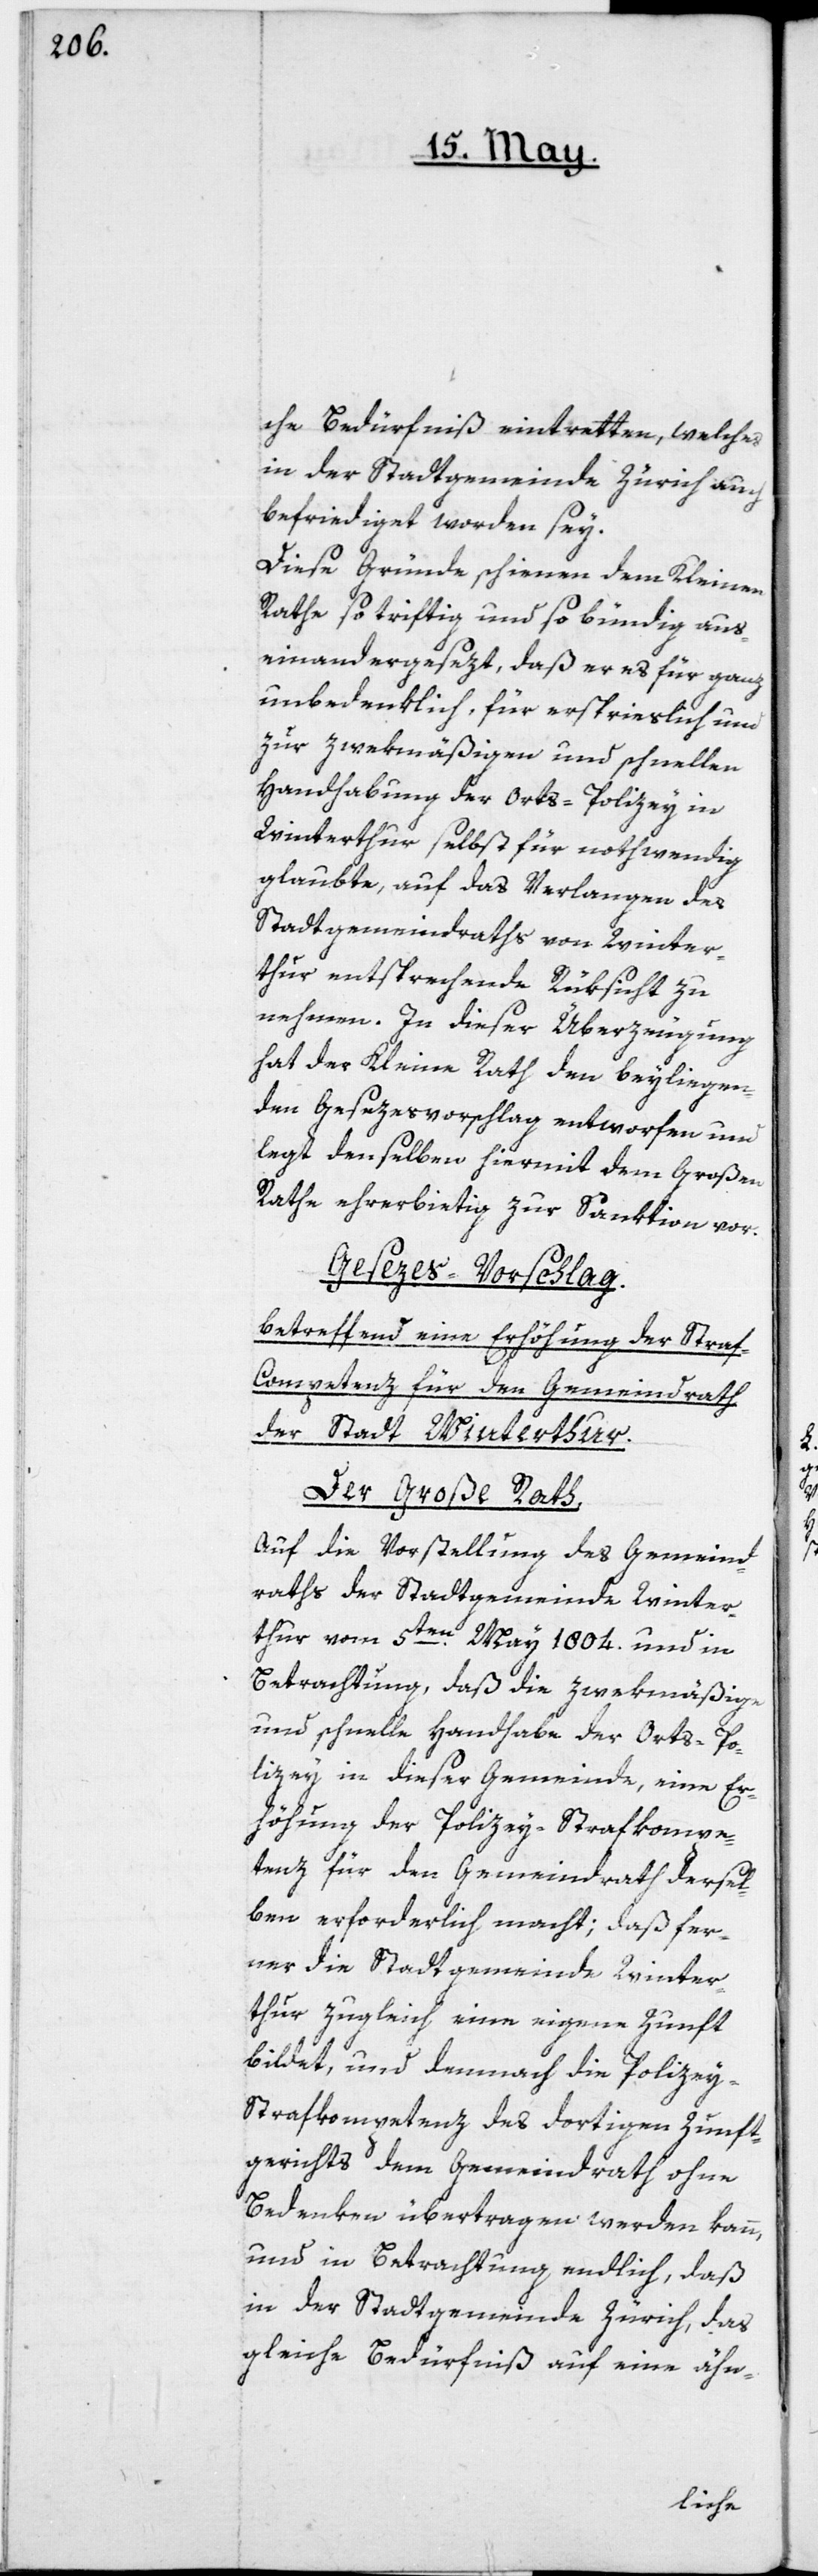
che Bedürfniß eintretten, welches
in der Stadtgemeinde Zürich auch
befriedigt worden sey.
Diese Gründe schienen dem Kleinen
Rathe so triftig und so bündig aus¬
einandergesezt, daß er es für ganz
unbedenklich, für ersprieslich und
zur zwekmäßigen und schnellen
Handhabung der Orts-Polizey in
Winterthur selbst für nothwendig
glaubte, auf das Verlangen des
Stadtgemeindraths von Winter¬
thur entsprechende Rüksicht zu
nehmen. In dieser Überzeugung
hat der Kleine Rath den beyliegen¬
den Gesezesvorschlag entworfen und
legt denselben hiermit dem Großen
Rathe ehrerbietig zur Sanktion vor.
Gesezes-Vorschlag
betreffend eine Erhöhung der Stra¬
f-Competenz für den Gemeindrath
der Stadt Winterthur.
Der Große Rath,
auf die Vorstellung des Gemeind¬
raths der Stadtgemeinde Winter¬
thur vom 5ten May 1804 und in
Betrachtung, daß die zwekmäßige
und schnelle Handhabe der Orts-Po¬
lizey in dieser Gemeinde, eine Er¬
höhung der Polizey-Strafkompe¬
tenz für den Gemeindrath dersel¬
ben erforderlich macht; daß fer¬
ner die Stadtgemeinde Winter¬
thur zugleich eine eigene Zunft
bildet, und demnach die Polize¬
y-Strafkompetenz des dortigen Zunft¬
gerichts dem Gemeindrath ohne
Bedenken übertragen werden kann,
und in Betrachtung endlich, daß
in der Stadtgemeinde Zürich, das
gleiche Bedürfniß auf eine ähn-